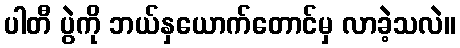
ပါတီ ပွဲကို ဘယ်နှယောက်တောင်မှ လာခဲ့သလဲ။